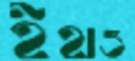
ইহাও